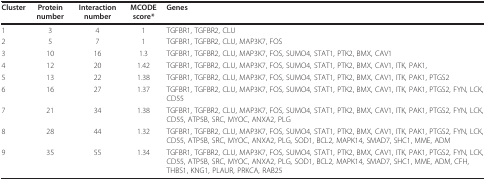
| Cluster | Protein number | Interaction number | MCODE score* | Genes |
 | --- | --- | --- | --- | --- |
 | 1 | 3 | 4 | 1 | TGFBR1, TGFBR2, CLU |
 | 2 | 5 | 7 | 1 | TGFBR1, TGFBR2, CLU, MAP3K7, FOS |
 | 3 | 10 | 16 | 1.3 | TGFBR1, TGFBR2, CLU, MAP3K7, FOS, SUMO4, STAT1, PTK2, BMX, CAV1 |
 | 4 | 12 | 20 | 1.42 | TGFBR1, TGFBR2, CLU, MAP3K7, FOS, SUMO4, STAT1, PTK2, BMX, CAV1, ITK, PAK1, |
 | 5 | 13 | 22 | 1.38 | TGFBR1, TGFBR2, CLU, MAP3K7, FOS, SUMO4, STAT1, PTK2, BMX, CAV1, ITK, PAK1, PTGS2 |
 | 6 | 16 | 27 | 1.37 | TGFBR1, TGFBR2, CLU, MAP3K7, FOS, SUMO4, STAT1, PTK2, BMX, CAV1, ITK, PAK1, PTGS2, FYN, LCK, CD55 |
 | 7 | 21 | 34 | 1.38 | TGFBR1, TGFBR2, CLU, MAP3K7, FOS, SUMO4, STAT1, PTK2, BMX, CAV1, ITK, PAK1, PTGS2, FYN, LCK, CD55, ATP5B, SRC, MYOC, ANXA2, PLG |
 | 8 | 28 | 44 | 1.32 | TGFBR1, TGFBR2, CLU, MAP3K7, FOS, SUMO4, STAT1, PTK2, BMX, CAV1, ITK, PAK1, PTGS2, FYN, LCK, CD55, ATP5B, SRC, MYOC, ANXA2, PLG, SOD1, BCL2, MAPK14, SMAD7, SHC1, MME, ADM |
 | 9 | 35 | 55 | 1.34 | TGFBR1, TGFBR2, CLU, MAP3K7, FOS, SUMO4, STAT1, PTK2, BMX, CAV1, ITK, PAK1, PTGS2, FYN, LCK, CD55, ATP5B, SRC, MYOC, ANXA2, PLG, SOD1, BCL2, MAPK14, SMAD7, SHC1, MME, ADM, CFH, THBS1, KNG1, PLAUR, PRKCA, RAB25 |